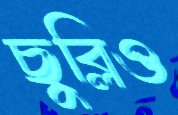
ছুব্‌লিও